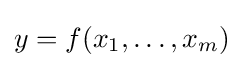
y=f(x_{1},\dots ,x_{m})